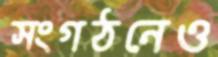
সংগঠনেও